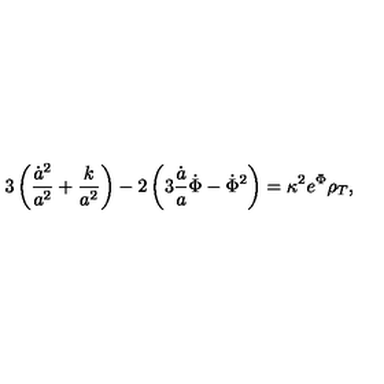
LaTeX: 3 \left( \frac { \dot { a } ^ { 2 } } { a ^ { 2 } } + \frac { k } { a ^ { 2 } } \right) - 2 \left( 3 \frac { \dot { a } } { a } \dot { \Phi } - \dot { \Phi } ^ { 2 } \right) = \kappa ^ { 2 } e ^ { \Phi } \rho _ { T } ,